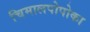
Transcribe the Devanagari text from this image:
चिमालपोपोका